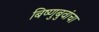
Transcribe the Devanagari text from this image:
बिष्णुबुवांचा